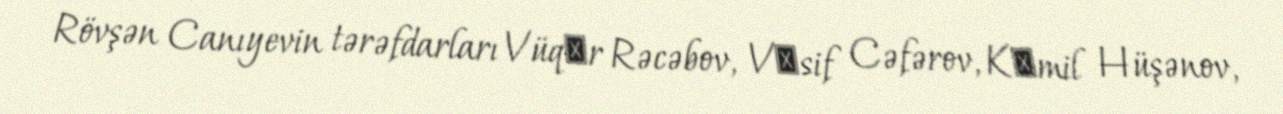
Rövşən Canıyevin tərəfdarları Vüqаr Rəcəbov, Vаsif Cəfərov, Kаmil Hüşənov,